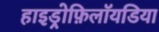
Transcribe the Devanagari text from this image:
हाइड्रोफ़िलॉयडिया